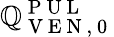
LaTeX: \mathbb{Q}_{\mathrm{{~V~E~N~,~0~}}}^{\mathrm{{~P~U~L~}}}